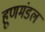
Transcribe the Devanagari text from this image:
हूणमंडल